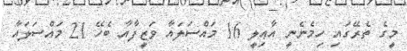
މީގެ ތެރޭގައި ހިމެނެނީ އާޢިލީ 16 މައްސަލައާ ވަޒީފާއާ ބެހޭ 21 މައްސަލައާ